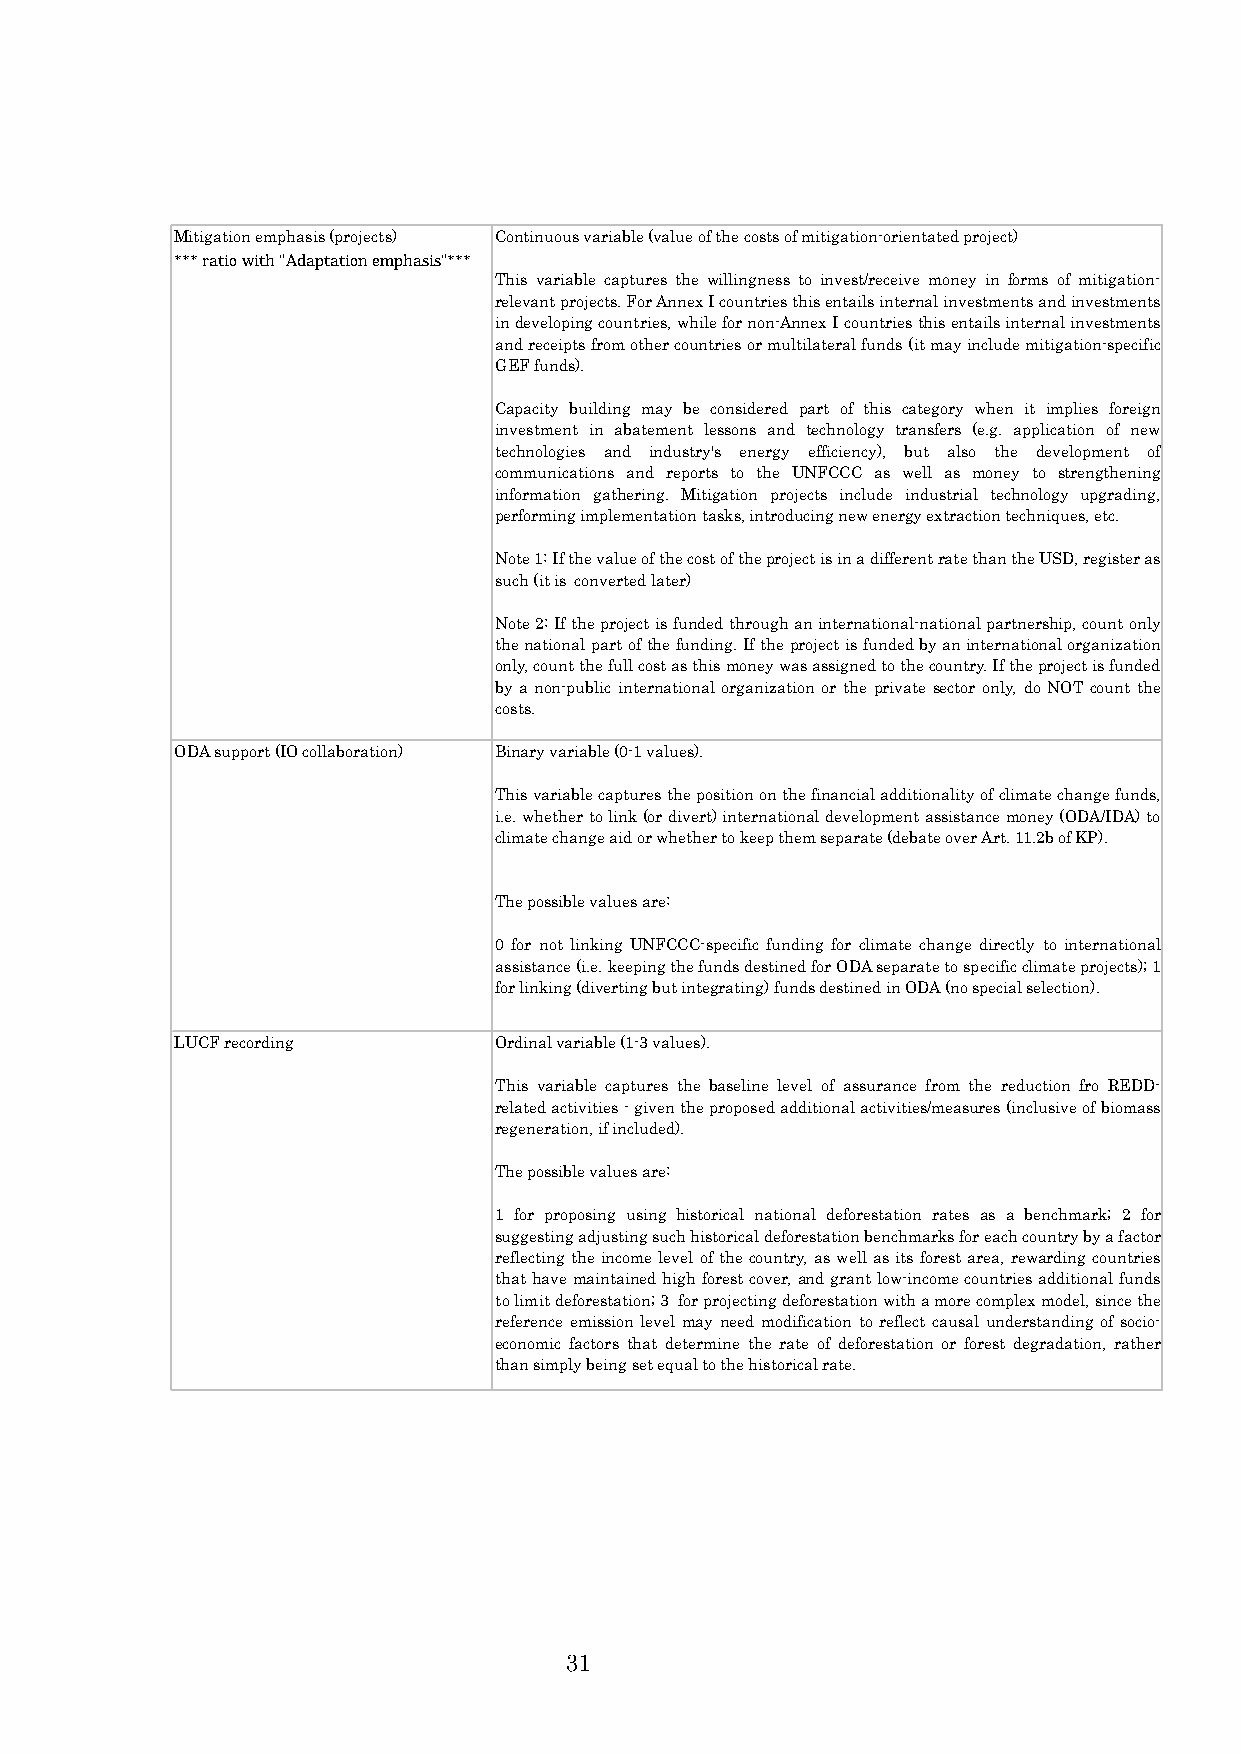
Mitigation emphasis (projects) Continuous variable (value of the costs of mitigation-orientated project)
 *** ratio with "Adaptation emphasis"***
 This variable captures the willingness to invest/receive money in forms of mitigation-
 relevantprojects.ForAnnexIcountriesthisentailsinternalinvestmentsandinvestments
 indevelopingcountries,whilefornon-AnnexIcountriesthisentailsinternalinvestments
 andreceiptsfromothercountriesormultilateralfunds(itmayincludemitigation-specific
 GEF funds).
 Capacity building may be considered part of this category when it implies foreign
 investment in abatement lessons and technology transfers (e.g. application of new
 technologies and industry's energy efficiency), but also the development of
 communications and reports to the UNFCCC as well as money to strengthening
 information gathering. Mitigation projects include industrial technology upgrading,
 performing implementation tasks, introducing new energy extraction techniques, etc.
 Note1:IfthevalueofthecostoftheprojectisinadifferentratethantheUSD,registeras
 such (it is converted later)
 Note2:Iftheprojectisfundedthroughaninternational-nationalpartnership,countonly
 thenationalpartofthefunding.Iftheprojectisfundedbyaninternationalorganization
 only,countthefullcostasthismoneywasassignedtothecountry.Iftheprojectisfunded
 by a non-public international organization or the private sector only, do NOT count the
 costs.
 ODA support (IO collaboration) Binary variable (0-1 values).
 Thisvariablecapturesthepositiononthefinancialadditionalityofclimatechangefunds,
 i.e.whethertolink(ordivert)internationaldevelopmentassistancemoney(ODA/IDA)to
 climate change aid or whether to keep them separate (debate over Art. 11.2b of KP).
 The possible values are:
 0 for not linking UNFCCC-specific funding for climate change directly to international
 assistance(i.e.keepingthefundsdestinedforODAseparatetospecificclimateprojects);1
 for linking (diverting but integrating) funds destined in ODA (no special selection).
 LUCF recording       Ordinal variable (1-3 values).
 This variable captures the baseline level of assurance from the reduction fro REDD-
 relatedactivities-giventheproposedadditionalactivities/measures(inclusiveofbiomass
 regeneration, if included).
 The possible values are:
 1 for proposing using historical national deforestation rates as a benchmark; 2 for
 suggestingadjustingsuchhistoricaldeforestationbenchmarksforeachcountrybyafactor
 reflecting the income levelof thecountry, aswell asits forestarea, rewardingcountries
 thathavemaintainedhighforestcover,andgrantlow-incomecountriesadditionalfunds
 tolimitdeforestation;3 forprojectingdeforestationwithamorecomplexmodel,sincethe
 reference emission level may need modification to reflect causal understanding of socio-
 economic factors that determine the rate of deforestation or forest degradation, rather
 than simply being set equal to the historical rate.
 31